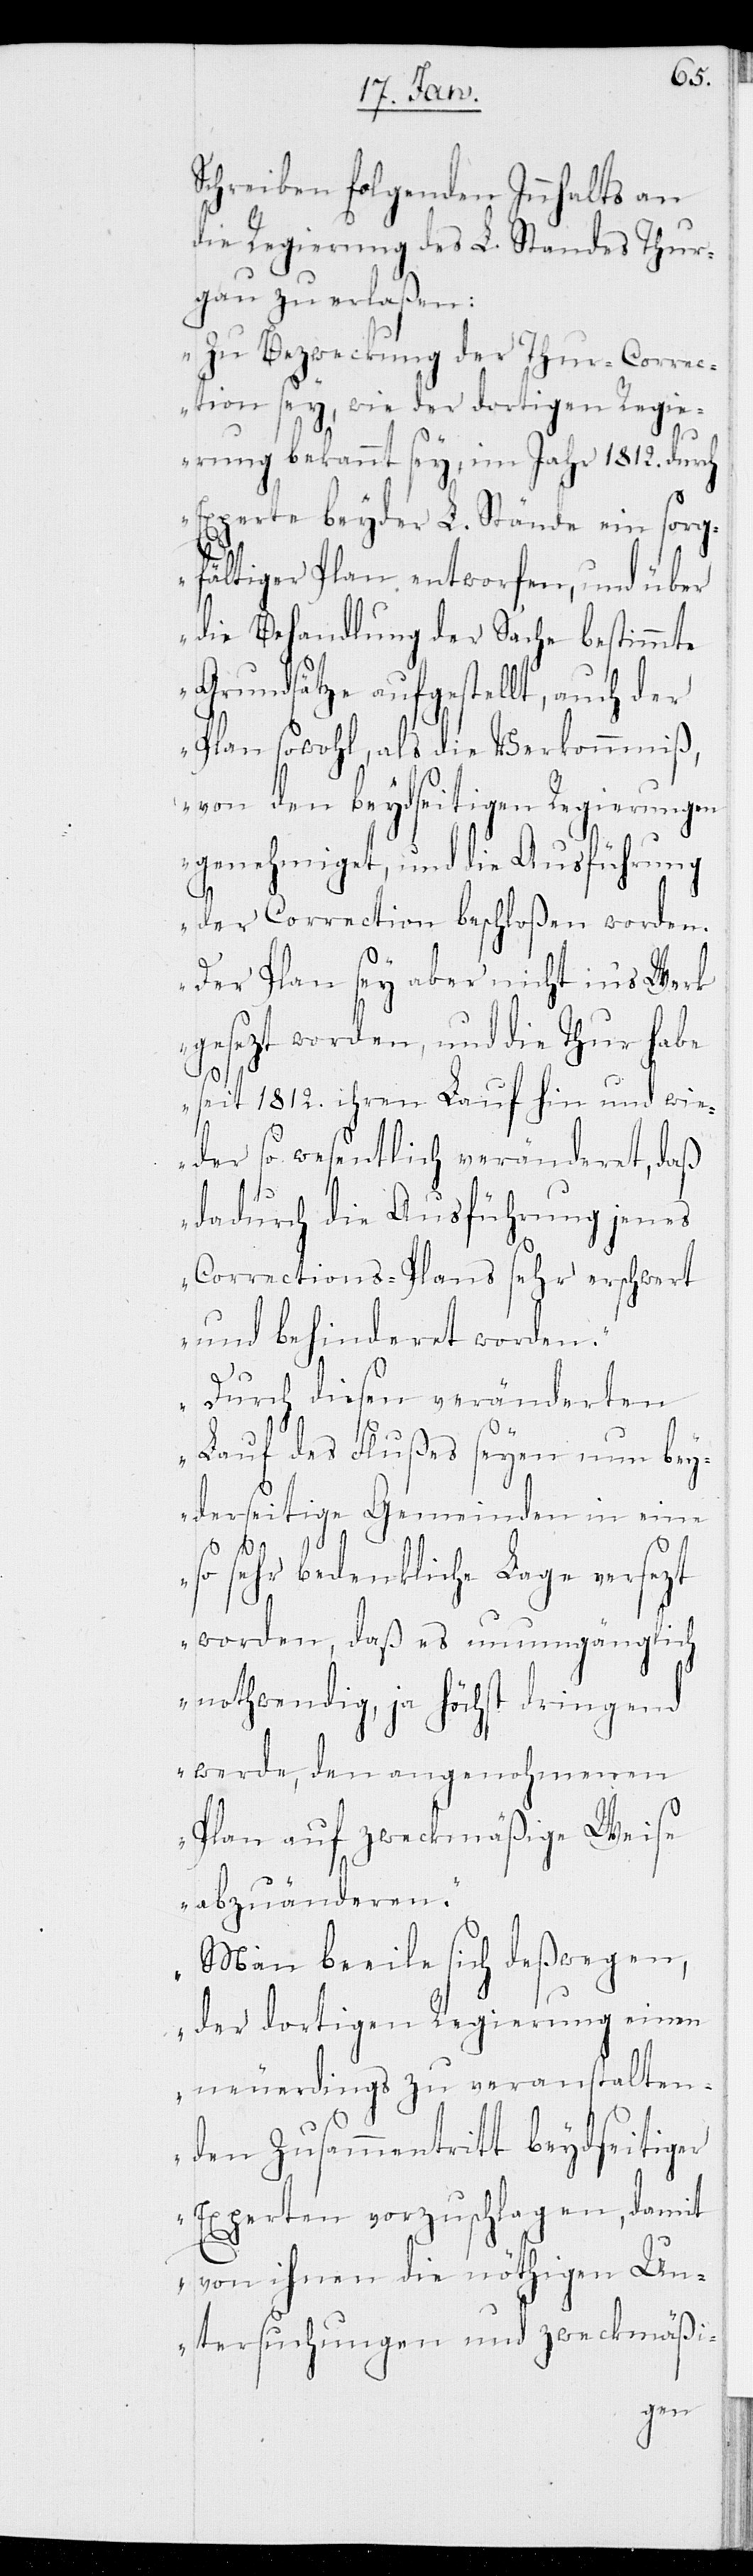
Schreiben folgenden Inhalts an
die Regierung des L. Standes Thur¬
gau zu erlaßen:
„Zu Bezweckung der Thur-Correc¬
tion sey, wie der dortigen Regie¬
rung bekannt sey, im Jahr 1812. durch
Experte beyder L. Stände ein sorg¬
fältiger Plan entworfen, und über
die Behandlung der Sache bestimmte
Grundsätze aufgestellt, auch der
Plan sowohl, als die Verkommniß
von den beydseitigen Regierungen
genehmiget, und die Ausführung
der Correction beschloßen worden.
Der Plan sey aber nicht in’s Werk
gesezt worden, und die Thur habe
seit 1812. ihren Lauf hin und wie¬
der so wesentlich veränderet, daß
dadurch die Ausführung jenes
Corrections-Plans sehr erschwert
und behinderet worden.
Durch diesen veränderten
Lauf des Flußes seyen nun bey¬
derseitige Gemeinden in eine
so sehr bedenkliche Lage versezt
worden, daß es unumgänglich
nothwendig, ja höchst dringend
werde, den angenohmenen
Plan auf zweckmäßige Weise
abzuänderen.
Man beeile sich deßwegen,
der dortigen Regierung einen
neuerdings zu veranstalten¬
den Zusammentritt beydseitiger
Experten vorzuschlagen, damit
von ihnen die nöthigen Un¬
tersuchungen und zweckmäßi-